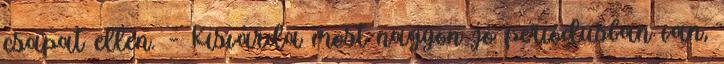
csapat ellen. – Kisvárda most nagyon jó periódusban van,